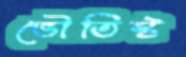
ভৌতিস্ট